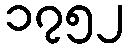
၁၇၅၂